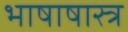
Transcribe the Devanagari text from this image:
भाषाषास्त्र